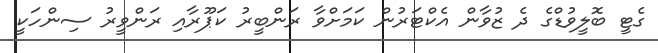
ގެޓީ ބޮލީވުޑްގެ ދެ ޒުވާން އެކްޓަރުން ކަމަށްވާ ރަންބީރު ކަޕޫރާއި ރަންވީރު ސިންހަކީ